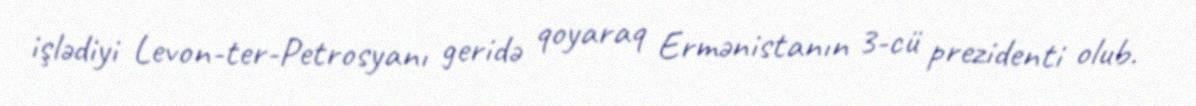
işlədiyi Levon-ter-Petrosyanı geridə qoyaraq Ermənistanın 3-cü prezidenti olub.